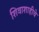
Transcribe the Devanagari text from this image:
शिवाशाहीचे